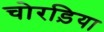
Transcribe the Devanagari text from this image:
चोरड़िया